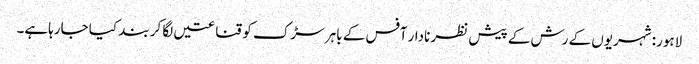
لاہور: شہریوں کے رش کے پیش نظر نادار آفس کے باہر سڑک کو قناعتیں لگا کر بند کیا جارہاہے۔